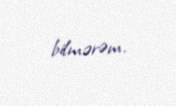
bilmərəm.